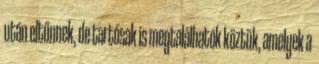
után eltűnnek, de tartósak is megtalálhatók köztük, amelyek a